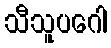
သီသူပဂေါ